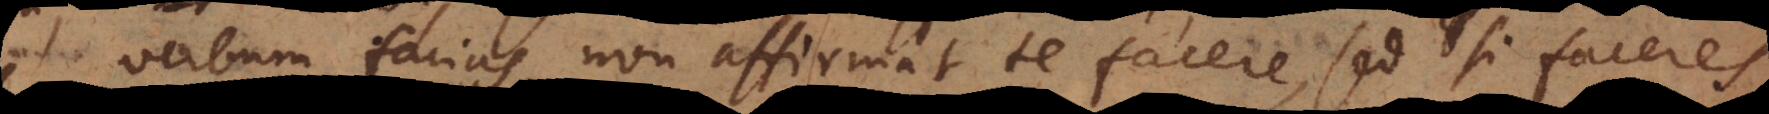
verbum facias, non affirmat te facere, sed si facere